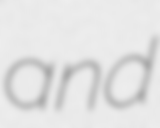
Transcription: and